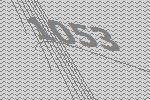
1053